Bréfritari: Sæmundur Jónsson
Viðtakandi: Páll Pálsson
Dagsetning: A-1868-07-06
Skrifað á: Hraungerði
Sæmundur var maður Stefaníu Siggeirsdóttur bróðurdóttur Páls Pálssonar

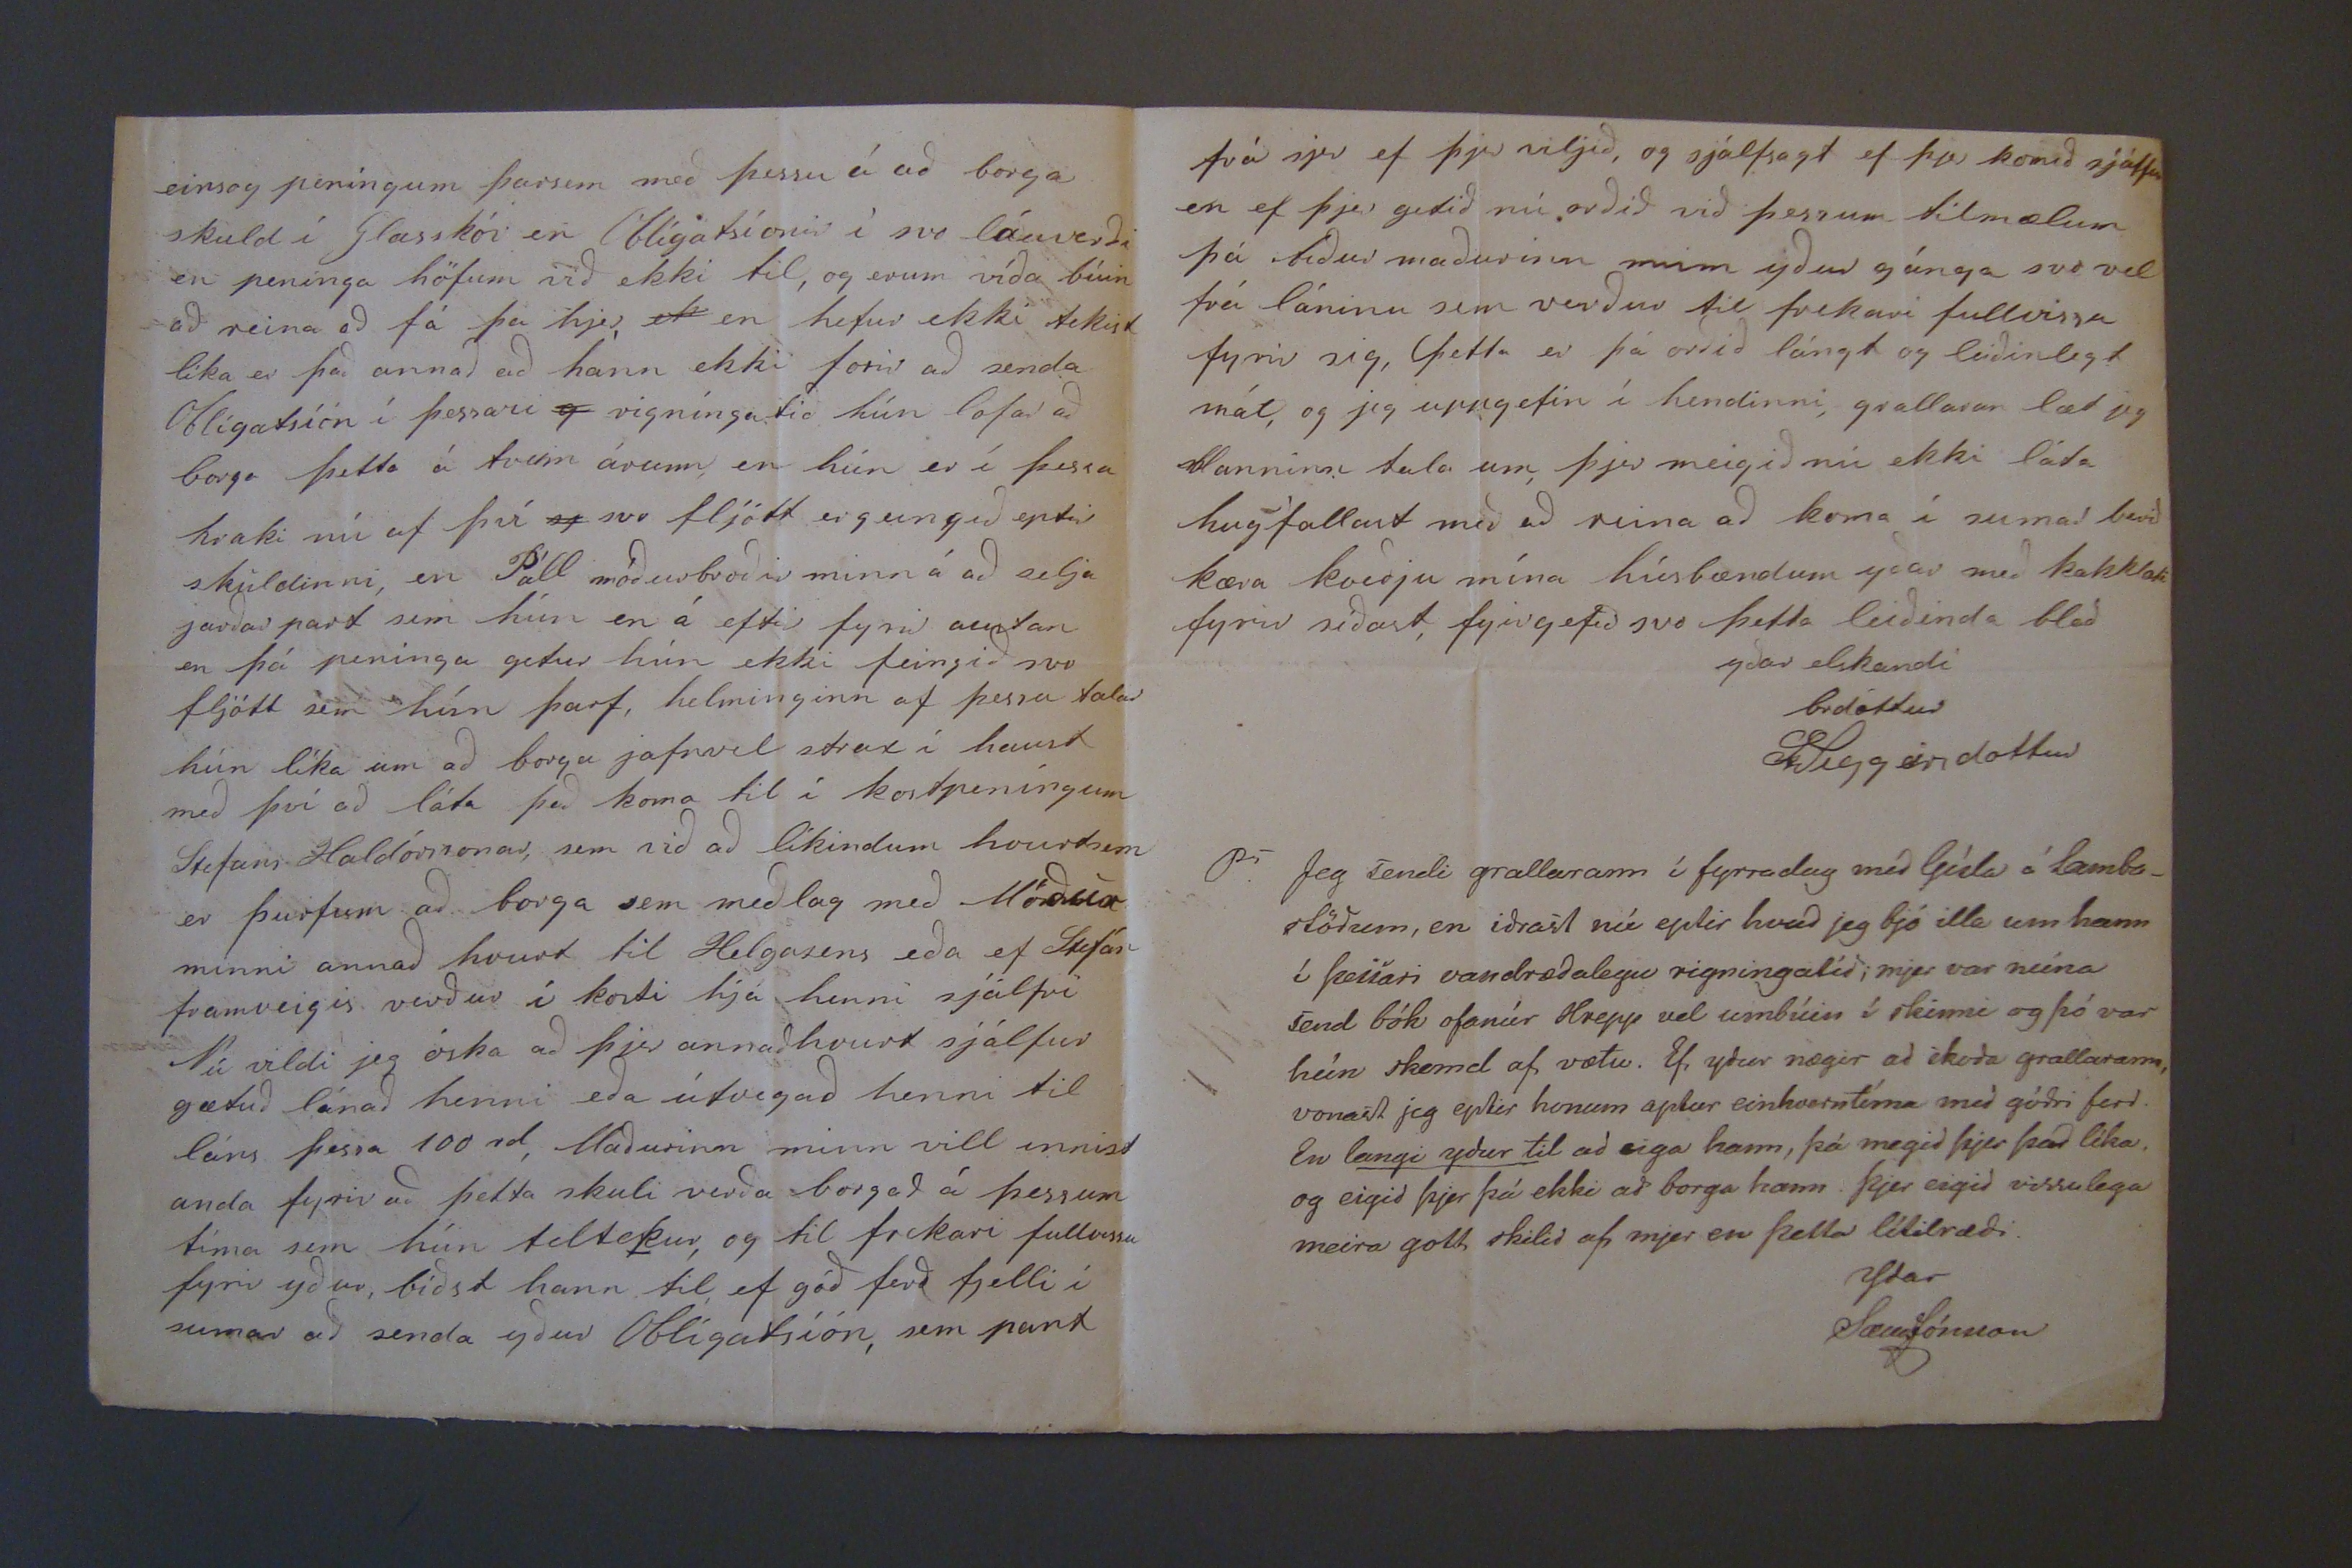

Ps Jeg sendi grallarann í fyrradag með Gísla á Lamba_ stöðum, en iðrast nú eptir hvað jeg bjó illa um hann í þessari vandræðalegu rigningatíð; mjer var núna send bók ofanúr Hrepp vel umbúin í skinni og þó var hún skemd af vætu. Ef yður nægir að skoða grallarann, vonast jeg eptir honum aptur einhverntíma með góðri ferd. En langi ydur til ad eiga hann, þá megid þjer það líka, og eigid þjer þá ekki að borga hann. Þjer eigid vissulega meira gott, skilid af mjer en þetta lítilræði
Ydar SæmJónsson